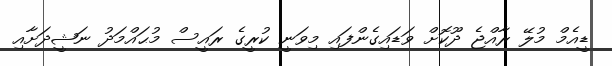
ޑީއެމް މުލޭ ރާއްޖެ ދޫކޮށް ވަޑައިގެންފައި މިވަނީ ކުރީގެ ރައީސް މުޙައްމަދު ނަޝީދަށާއި